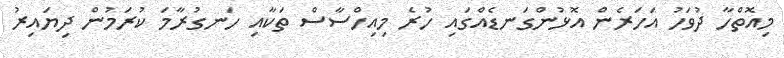
މިއޮތްހާ ދުވަހު އަހަރެން އޮޅުންގަނޑެއްގައި ހުރެ މިއިހްސާސް ތަކާއި ހަނގުރާމަ ކުރަމުން ދިޔައިރު